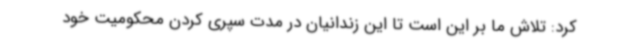
کرد: تلاش ما بر این است تا این زندانیان در مدت سپری کردن محکومیت خود